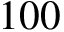
1 0 0